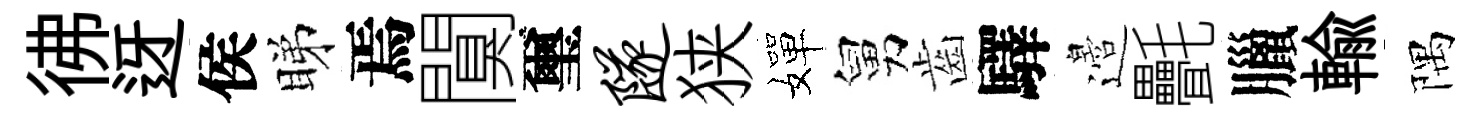
彿迓侯睇焉闃璽隧狭嬋舅齒驛邉㲲臘輸隅